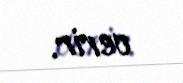
verir.